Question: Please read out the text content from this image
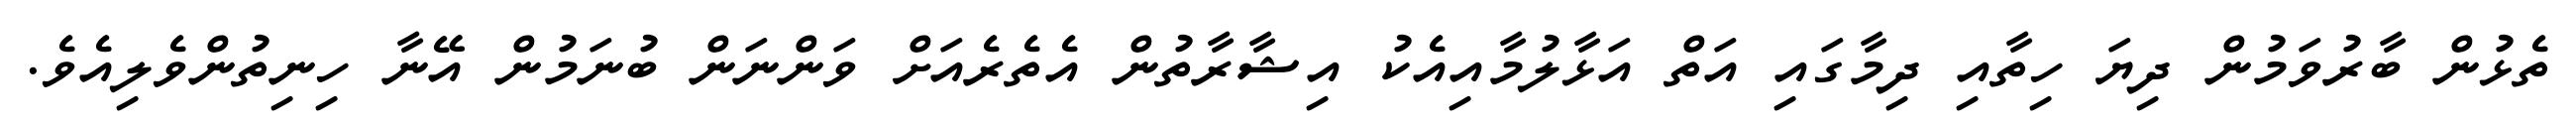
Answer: ތެޅުން ބާރުވަމުން ދިޔަ ހިތާއި ދިމާގައި އަތް އަޅާލުމާއިއެކު އިޝާރާތުން އެތެރެއަށް ވަންނަން ބުނަމުން އޭނާ ހިނިތުންވެލިއެވެ.